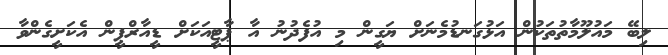
ލިބޭ މައުލޫމާތުތަކުން އަޅުގަނޑުމެނަށް ޔަގީން މި އުފެދުނު އާ ޕާޓީއަކަށް ޑީއާރްޕީން އެކަށީގެންވާ